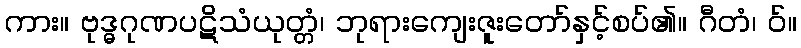
ကား။ ဗုဒ္ဓဂုဏပဋိသံယုတ္တံ၊ ဘုရားကျေးဇူးတော်နှင့်စပ်၏။ ဂီတံ၊ ဝ်။